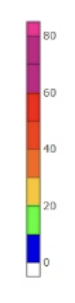
Blue: 0 to 10
Green: 10 to 20
Yellow: 20 to 30
Orange: 30 to 40
Dark Orange: 40 to 50
Red: 50 to 60
Magenta: 60 to 80
Pink: 80 to 85